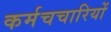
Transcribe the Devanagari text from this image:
कर्मचचारियों